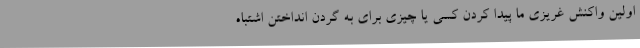
اولین واکنش غریزی ما پیدا کردن کسی یا چیزی برای به گردن انداختن اشتباه